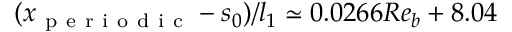
( x _ { \mathrm { ~ p ~ e ~ r ~ i ~ o ~ d ~ i ~ c ~ } } - s _ { 0 } ) / l _ { 1 } \simeq 0 . 0 2 6 6 R e _ { b } + 8 . 0 4